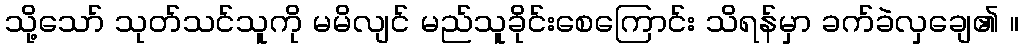
သို့သော် သုတ်သင်သူကို မမိလျင် မည်သူခိုင်းစေကြောင်း သိရန်မှာ ခက်ခဲလှချေ၏ ။